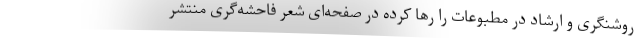
روشنگری و ارشاد در مطبوعات را رها کرده در صفحه‌ای شعر فاحشه‌گری منتشر